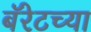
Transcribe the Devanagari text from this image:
बॅरेटच्या